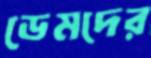
ডেমদের